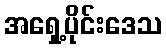
အရှေ့ပိုင်းဒေသ